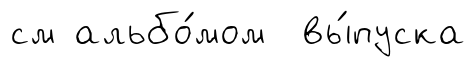
см альбо́мом вы́пуска